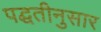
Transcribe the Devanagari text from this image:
पद्घतीनुसार